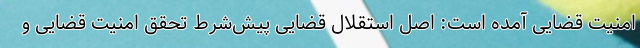
امنیت قضایی آمده است: اصل استقلال قضایی پیش‌شرط تحقق امنیت قضایی و